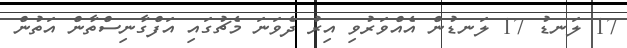
17 ލަނޑު 17 ލަނޑުން އެއްވަރުވި އިރު ދެވަނަ މެޗުގައި އަފްގާނިސްތާން އަތުން